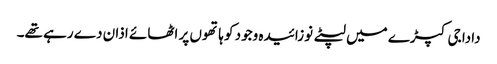
دادا جی کپڑے میں لپٹے نوزائیدہ وجود کو ہاتھوں پر اٹھائے اذان دے رہے تھے۔